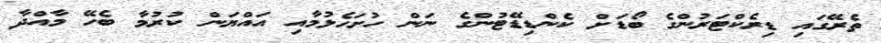
ތެރޭގައި ޑިރެކްޓަރުންގެ ބޯޑަށް ކެންޑިޑޭޓުންގެ ނަން ހުށަހެޅުމާއި އައްޔަން ކުރުމާ ބެހޭ މާއްދާ